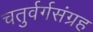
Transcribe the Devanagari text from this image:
चतुर्वर्गसंग्रह